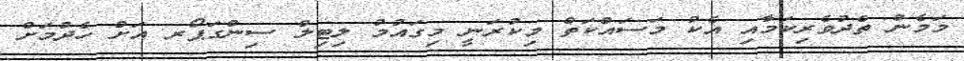
މަމެން ތެދުވެރިކަމާއި އެކު މަސައްކަތް މިކުރަނީ މިގައުމު ލިޓިލް ސިންގަޕޯރ އަށް ހެދުމަށް